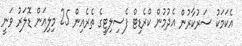
އެކަމަކު ސަރުކާރުން އެދުމުން ކްރެޑިޓް ފެސިލިޓީގެ ތެރެއިން 25 މިލިއަން ޑޮލަރު ވަނީ